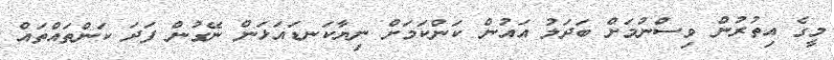
މީގެ އިތުރުން ވިސްނުމަށް ބަދަލު އައުން ކަންކަމަށް ނިޔާކަނޑައަޅަން ނޭގުން ފަދަ ކަންތައްތައް